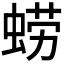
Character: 𮔚